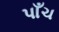
પાઁચ